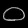
Digit: ၀